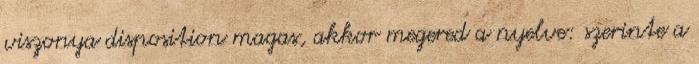
viszonya disposition magas, akkor megered a nyelve: szerinte a